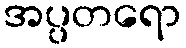
အပ္ပတရော